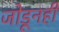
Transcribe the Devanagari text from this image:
जोडूनही